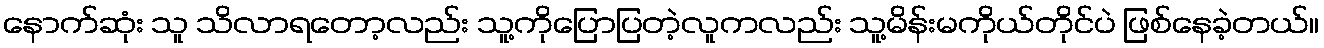
နောက်ဆုံး သူ သိလာရတော့လည်း သူ့ကိုပြောပြတဲ့လူကလည်း သူ့မိန်းမကိုယ်တိုင်ပဲ ဖြစ်နေခဲ့တယ်။